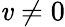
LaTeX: \mathit{v}\neq0